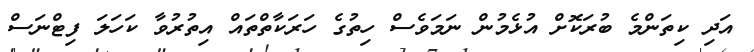
އަދި ކިތަންމެ ބުރަކޮށް އުޅެމުން ނަމަވެސް ހިތުގެ ހަރަކާތްތައް އިތުރުވާ ކަހަލަ ފިޓްނަސް